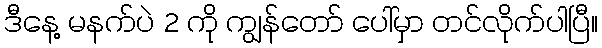
ဒီနေ့ မနက်ပဲ 2 ကို ကျွန်တော် ပေါ်မှာ တင်လိုက်ပါပြီ။